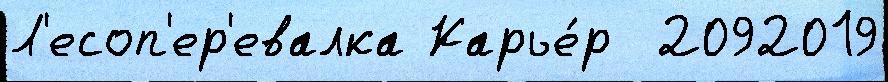
Л'есоп'ер'евалка Карье́р  2092019